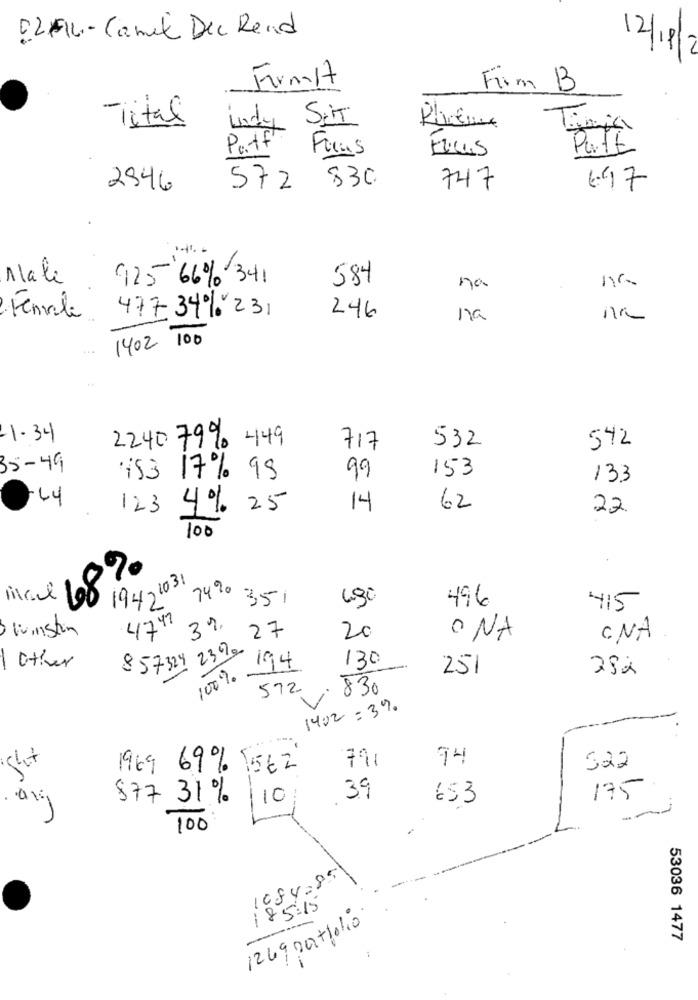
0214- Camel Dec Read
12/18/
Frmit
Frim B
-Tital
Indy Seit
Timia
Puff
Ficas
Putt
2946
572 830
747
6.97
Nale
925'66% 341
584
na
477 34% 231
Female
246
na
1402 100
-1.34
2240 79% 449
717
532
542
35-49
153 17% 99
99
153
133
123 4% 25
14
62
22
100
68%
19471031
74%
351
496
415
4747
3%
winston
27
20
· NA
CNA
23%
857324
130
-
other
251
252
100%
572
: 830
1402:3%.
791
94
522
shit
1969 69% 1562
877 31 %
39
653
175
110
100
1084.85
185:15
1269 Dattolio
53036 1477